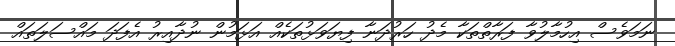
ނަމަވެސް އިހުމާލުވާ ފަރާތްތަކާ މެދު ހަރުދަނާ ފިޔަވަޅުތަކެއް އަޅަމުން ނުދާއިރު އެފަދަ މައްސަލަތައް